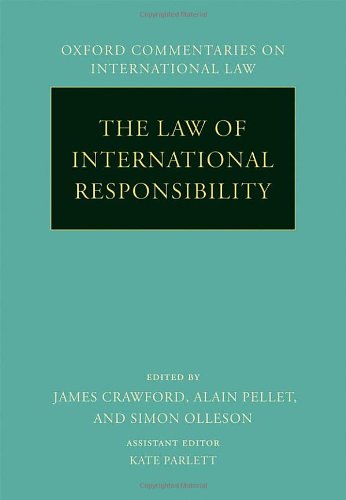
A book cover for The Law of International Responsibility (Oxford Commentaries on International Law); James Crawford; Law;